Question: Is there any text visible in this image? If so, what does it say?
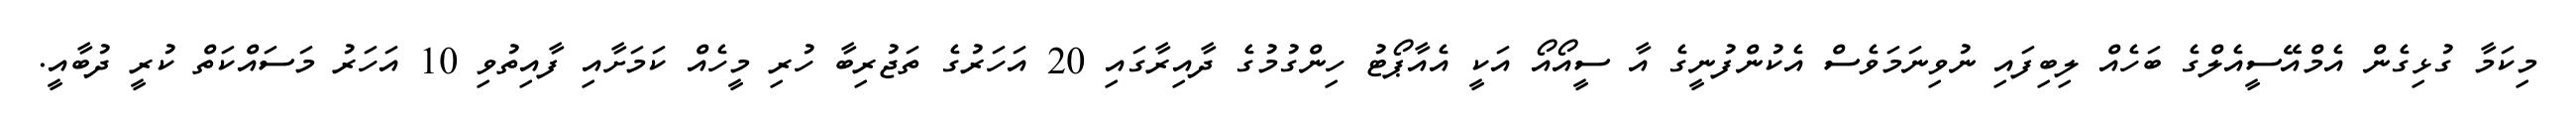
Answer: މިކަމާ ގުޅިގެން އެމްއޭސީއެލްގެ ބަހެއް ލިބިފައި ނުވިނަމަވެސް އެކުންފުނީގެ އާ ސީއޯއޯ އަކީ އެއާޕޯޓު ހިންގުމުގެ ދާއިރާގައި 20 އަހަރުގެ ތަޖުރިބާ ހުރި މީހެއް ކަމަށާއި ފާއިތުވި 10 އަހަރު މަސައްކަތް ކުރީ ދުބާއީ.